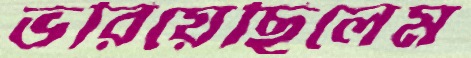
ভরিয়েছিলেম